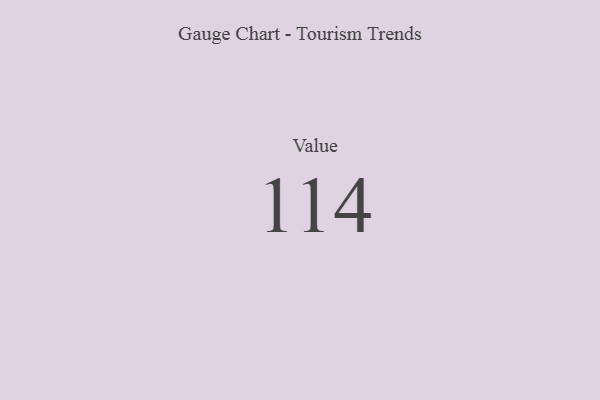
{"axis": {"x": "Metric", "y": "Value"}, "legend": [""], "data": [{"x": "Value", "y": 114, "type": ""}]}